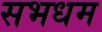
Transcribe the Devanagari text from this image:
सभधम